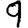
Digit: 9